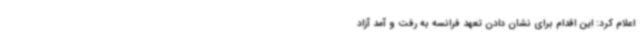
اعلام کرد: این اقدام برای نشان دادن تعهد فرانسه به رفت و آمد آزاد